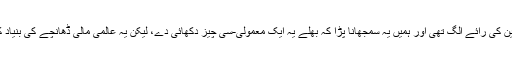
اس مسئلے پر یورپی یونین کی رائے الگ تھی اور ہمیں یہ سمجھانا پڑا کہ بھلے یہ ایک معمولی-سی چیز دکھائی دے، لیکن یہ عالمی مالی ڈھانچے کی بنیاد کو کھوکھلا کر سکتا ہے۔